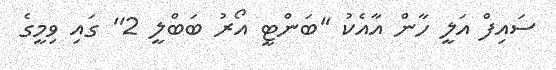
ސައިފް އަލީ ހާން އާއެކު ''ބަންޓީ އޯރު ބަބްލީ 2'' ގައި ވިމީގެ